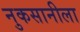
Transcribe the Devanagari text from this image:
नुकसानीला